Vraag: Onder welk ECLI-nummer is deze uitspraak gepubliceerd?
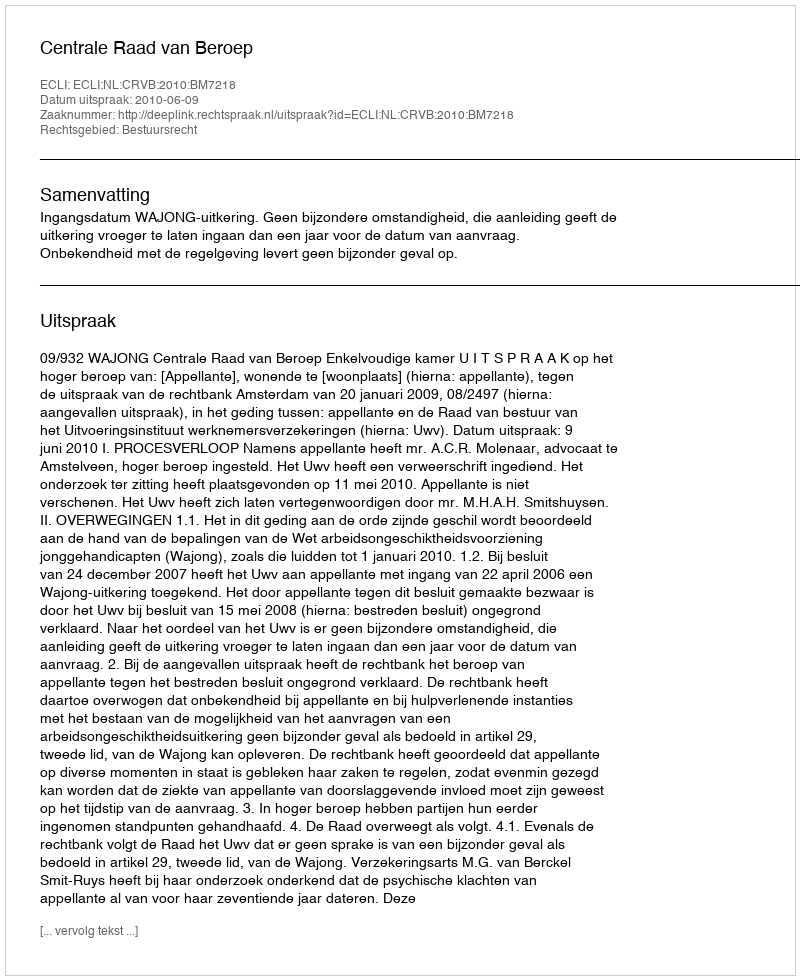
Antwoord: ECLI:NL:CRVB:2010:BM7218